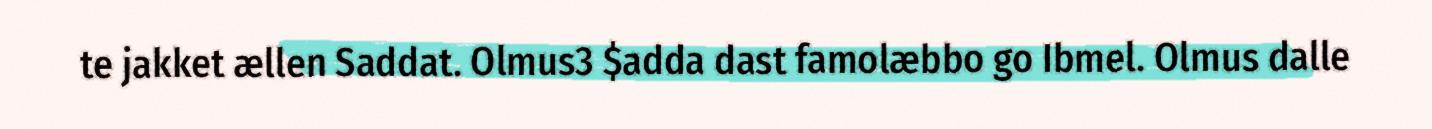
te jakket ællen Saddat. Olmus3 $adda dast famolæbbo go Ibmel. Olmus dalle